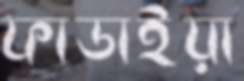
ফাডাইয়া